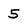
Character: 5